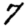
Digit: 7